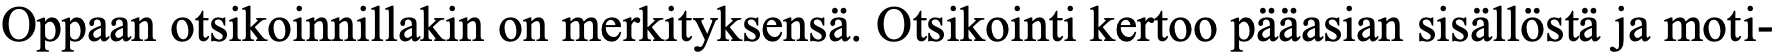
Oppaan otsikoinnillakin on merkityksensä. Otsikointi kertoo pääasian sisällöstä ja moti-